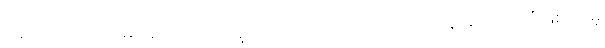
ရခိုင်ကဒေသအများစုကို အာရက္ခတပ်တော် (အေအေ) က ထိန်းချုပ်ထားပြီဖြစ်ပေမဲ့